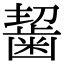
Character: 𪘂